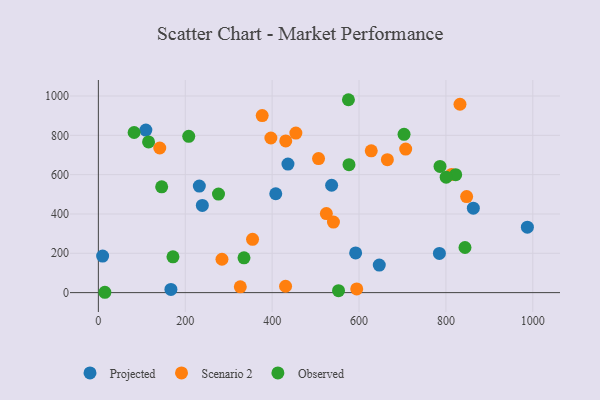
{"axis": {"x": "Speed", "y": "Profit"}, "legend": ["Observed", "Projected", "Scenario 2"], "data": [{"x": "436.4", "y": 653.7, "type": "Projected"}, {"x": "863.1", "y": 429.3, "type": "Projected"}, {"x": "232.4", "y": 542.0, "type": "Projected"}, {"x": "592.2", "y": 201.7, "type": "Projected"}, {"x": "167.0", "y": 16.3, "type": "Projected"}, {"x": "536.9", "y": 546.2, "type": "Projected"}, {"x": "239.3", "y": 443.3, "type": "Projected"}, {"x": "646.6", "y": 139.9, "type": "Projected"}, {"x": "109.3", "y": 826.5, "type": "Projected"}, {"x": "9.8", "y": 185.7, "type": "Projected"}, {"x": "987.5", "y": 332.9, "type": "Projected"}, {"x": "408.3", "y": 502.8, "type": "Projected"}, {"x": "785.0", "y": 199.5, "type": "Projected"}, {"x": "354.9", "y": 271.0, "type": "Scenario 2"}, {"x": "430.9", "y": 32.3, "type": "Scenario 2"}, {"x": "832.4", "y": 958.1, "type": "Scenario 2"}, {"x": "524.8", "y": 402.2, "type": "Scenario 2"}, {"x": "813.1", "y": 600.9, "type": "Scenario 2"}, {"x": "594.7", "y": 18.7, "type": "Scenario 2"}, {"x": "284.5", "y": 169.8, "type": "Scenario 2"}, {"x": "326.7", "y": 29.3, "type": "Scenario 2"}, {"x": "665.2", "y": 676.1, "type": "Scenario 2"}, {"x": "377.1", "y": 900.7, "type": "Scenario 2"}, {"x": "454.6", "y": 811.6, "type": "Scenario 2"}, {"x": "541.1", "y": 358.7, "type": "Scenario 2"}, {"x": "628.1", "y": 721.4, "type": "Scenario 2"}, {"x": "707.4", "y": 730.3, "type": "Scenario 2"}, {"x": "506.8", "y": 681.6, "type": "Scenario 2"}, {"x": "847.7", "y": 488.4, "type": "Scenario 2"}, {"x": "141.3", "y": 735.6, "type": "Scenario 2"}, {"x": "397.1", "y": 786.5, "type": "Scenario 2"}, {"x": "431.3", "y": 771.4, "type": "Scenario 2"}, {"x": "335.2", "y": 176.8, "type": "Observed"}, {"x": "208.0", "y": 795.0, "type": "Observed"}, {"x": "276.5", "y": 501.4, "type": "Observed"}, {"x": "703.6", "y": 805.3, "type": "Observed"}, {"x": "82.3", "y": 814.3, "type": "Observed"}, {"x": "575.6", "y": 981.1, "type": "Observed"}, {"x": "145.7", "y": 538.2, "type": "Observed"}, {"x": "576.9", "y": 650.9, "type": "Observed"}, {"x": "115.5", "y": 766.3, "type": "Observed"}, {"x": "822.5", "y": 600.1, "type": "Observed"}, {"x": "843.9", "y": 229.4, "type": "Observed"}, {"x": "786.4", "y": 641.9, "type": "Observed"}, {"x": "15.0", "y": 1.7, "type": "Observed"}, {"x": "800.6", "y": 586.9, "type": "Observed"}, {"x": "171.7", "y": 182.1, "type": "Observed"}, {"x": "552.8", "y": 9.7, "type": "Observed"}]}